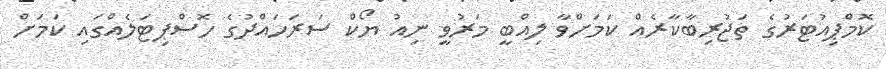
ކޮމްޕިއުޓަރުގެ ތަޖުރިބާކާރެއް ކަމަށްވާ ލިއްބީ މަރުވީ ނިއު ޔޯކް ސަރަހައްދުގެ ހޮސްޕިޓަލެއްގައި ކަމަށް